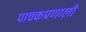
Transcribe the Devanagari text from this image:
पाचकप्रणाली